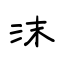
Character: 沫